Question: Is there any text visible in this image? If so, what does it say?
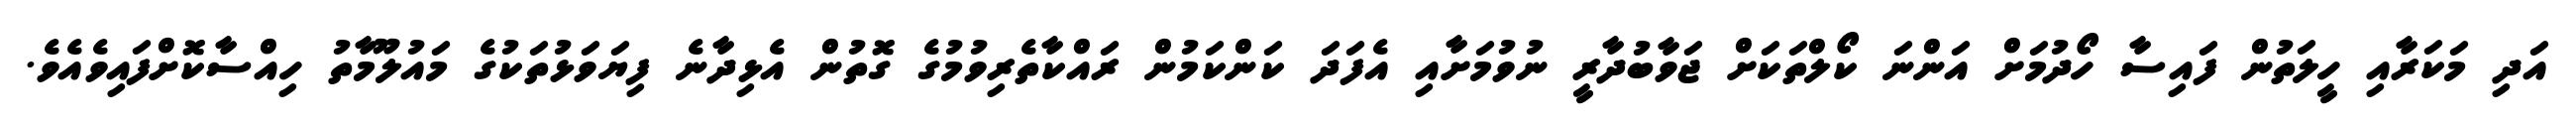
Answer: އަދި މަކަރާއި ހީލަތުން ފައިސާ ހޯދުމަށް އަންނަ ކޯލްތަކަށް ޖަވާބުދާރީ ނުވުމަށާއި އެފަދަ ކަންކަމުން ރައްކާތެރިވުމުގެ ގޮތުން އެޅިދާނެ ފިޔަވަޅުތަކުގެ މައުލޫމާތު ހިއްސާކޮށްފައިވެއެވެ.